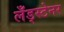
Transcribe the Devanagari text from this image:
लँड्स्टेनर